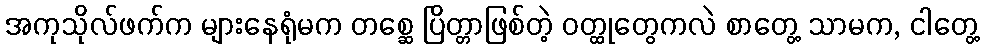
အကုသိုလ်ဖက်က များနေရုံမက တစ္ဆေ ပြိတ္တာဖြစ်တဲ့ ဝတ္ထုတွေကလဲ စာတွေ့ သာမက, ငါတွေ့